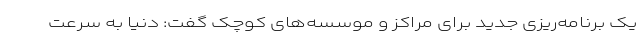
یک برنامه‌ریزی جدید برای مراکز و موسسه‌های کوچک گفت: دنیا به سرعت